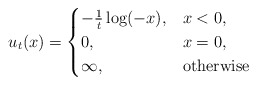
\begin{align*}u_{t}(x)= \begin{cases} -\frac{1}{t}\log(-x), & x < 0,\\ 0, &x =0,\\\infty, & { \rm otherwise }\end{cases}\end{align*}